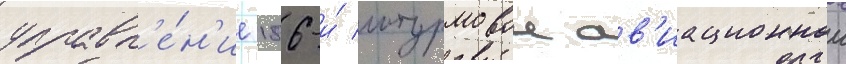
управл'е́н'ие 186-и́ штурмовои ав'иационнои